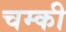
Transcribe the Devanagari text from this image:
चम्की